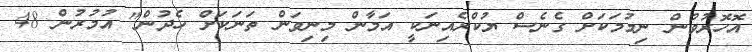
އޮހޮރުވުން ނިމުމަކަށް ގެނެސް ޔުކްރެއިނަކީ އަމާން މިނިވަން ތަނަކަށް ހެދުން" އުމުރުން 48